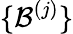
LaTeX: \{ \mathcal{B}^{(j)}\}